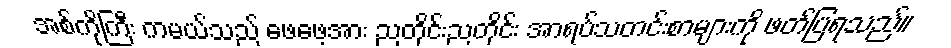
အစ်ကိုကြီး ကမယ်သည် ဖေဖေ့အား ညတိုင်းညတိုင်း အာရပ်သတင်းစာများကို ဖတ်ပြရသည်။